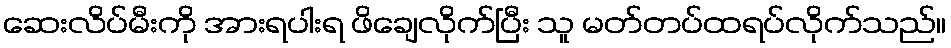
ဆေးလိပ်မီးကို အားရပါးရ ဖိချေလိုက်ပြီး သူ မတ်တပ်ထရပ်လိုက်သည်။